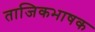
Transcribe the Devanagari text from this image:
ताजिकभाषक